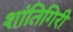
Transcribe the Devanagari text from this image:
शांतिगिरी